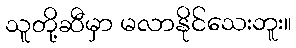
သူတို့ဆီမှာ မလာနိုင်သေးဘူး။